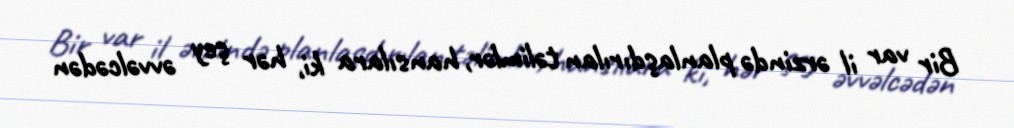
Bir var il ərzində planlaşdırılan təlimlər, hansılara ki, hər şey əvvəlcədən